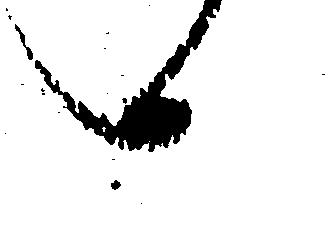
へ